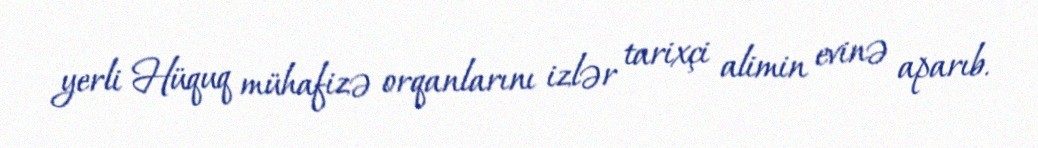
yerli Hüquq mühafizə orqanlarını izlər tarixçi alimin evinə aparıb.